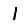
Digit: 1